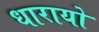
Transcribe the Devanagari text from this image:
धारायो